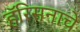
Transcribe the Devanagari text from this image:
हॅरिसनाचे